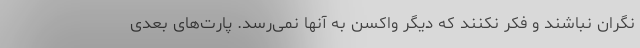
نگران نباشند و فکر نکنند که دیگر واکسن به آنها نمی‌رسد. پارت‌های بعدی